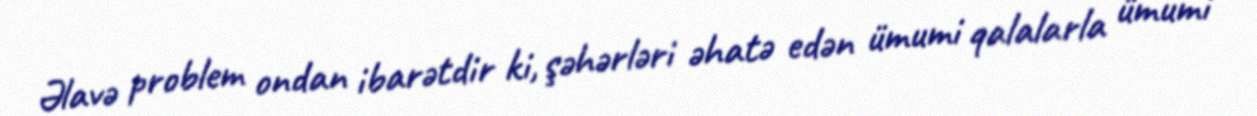
Əlavə problem ondan ibarətdir ki, şəhərləri əhatə edən ümumi qalalarla ümumi